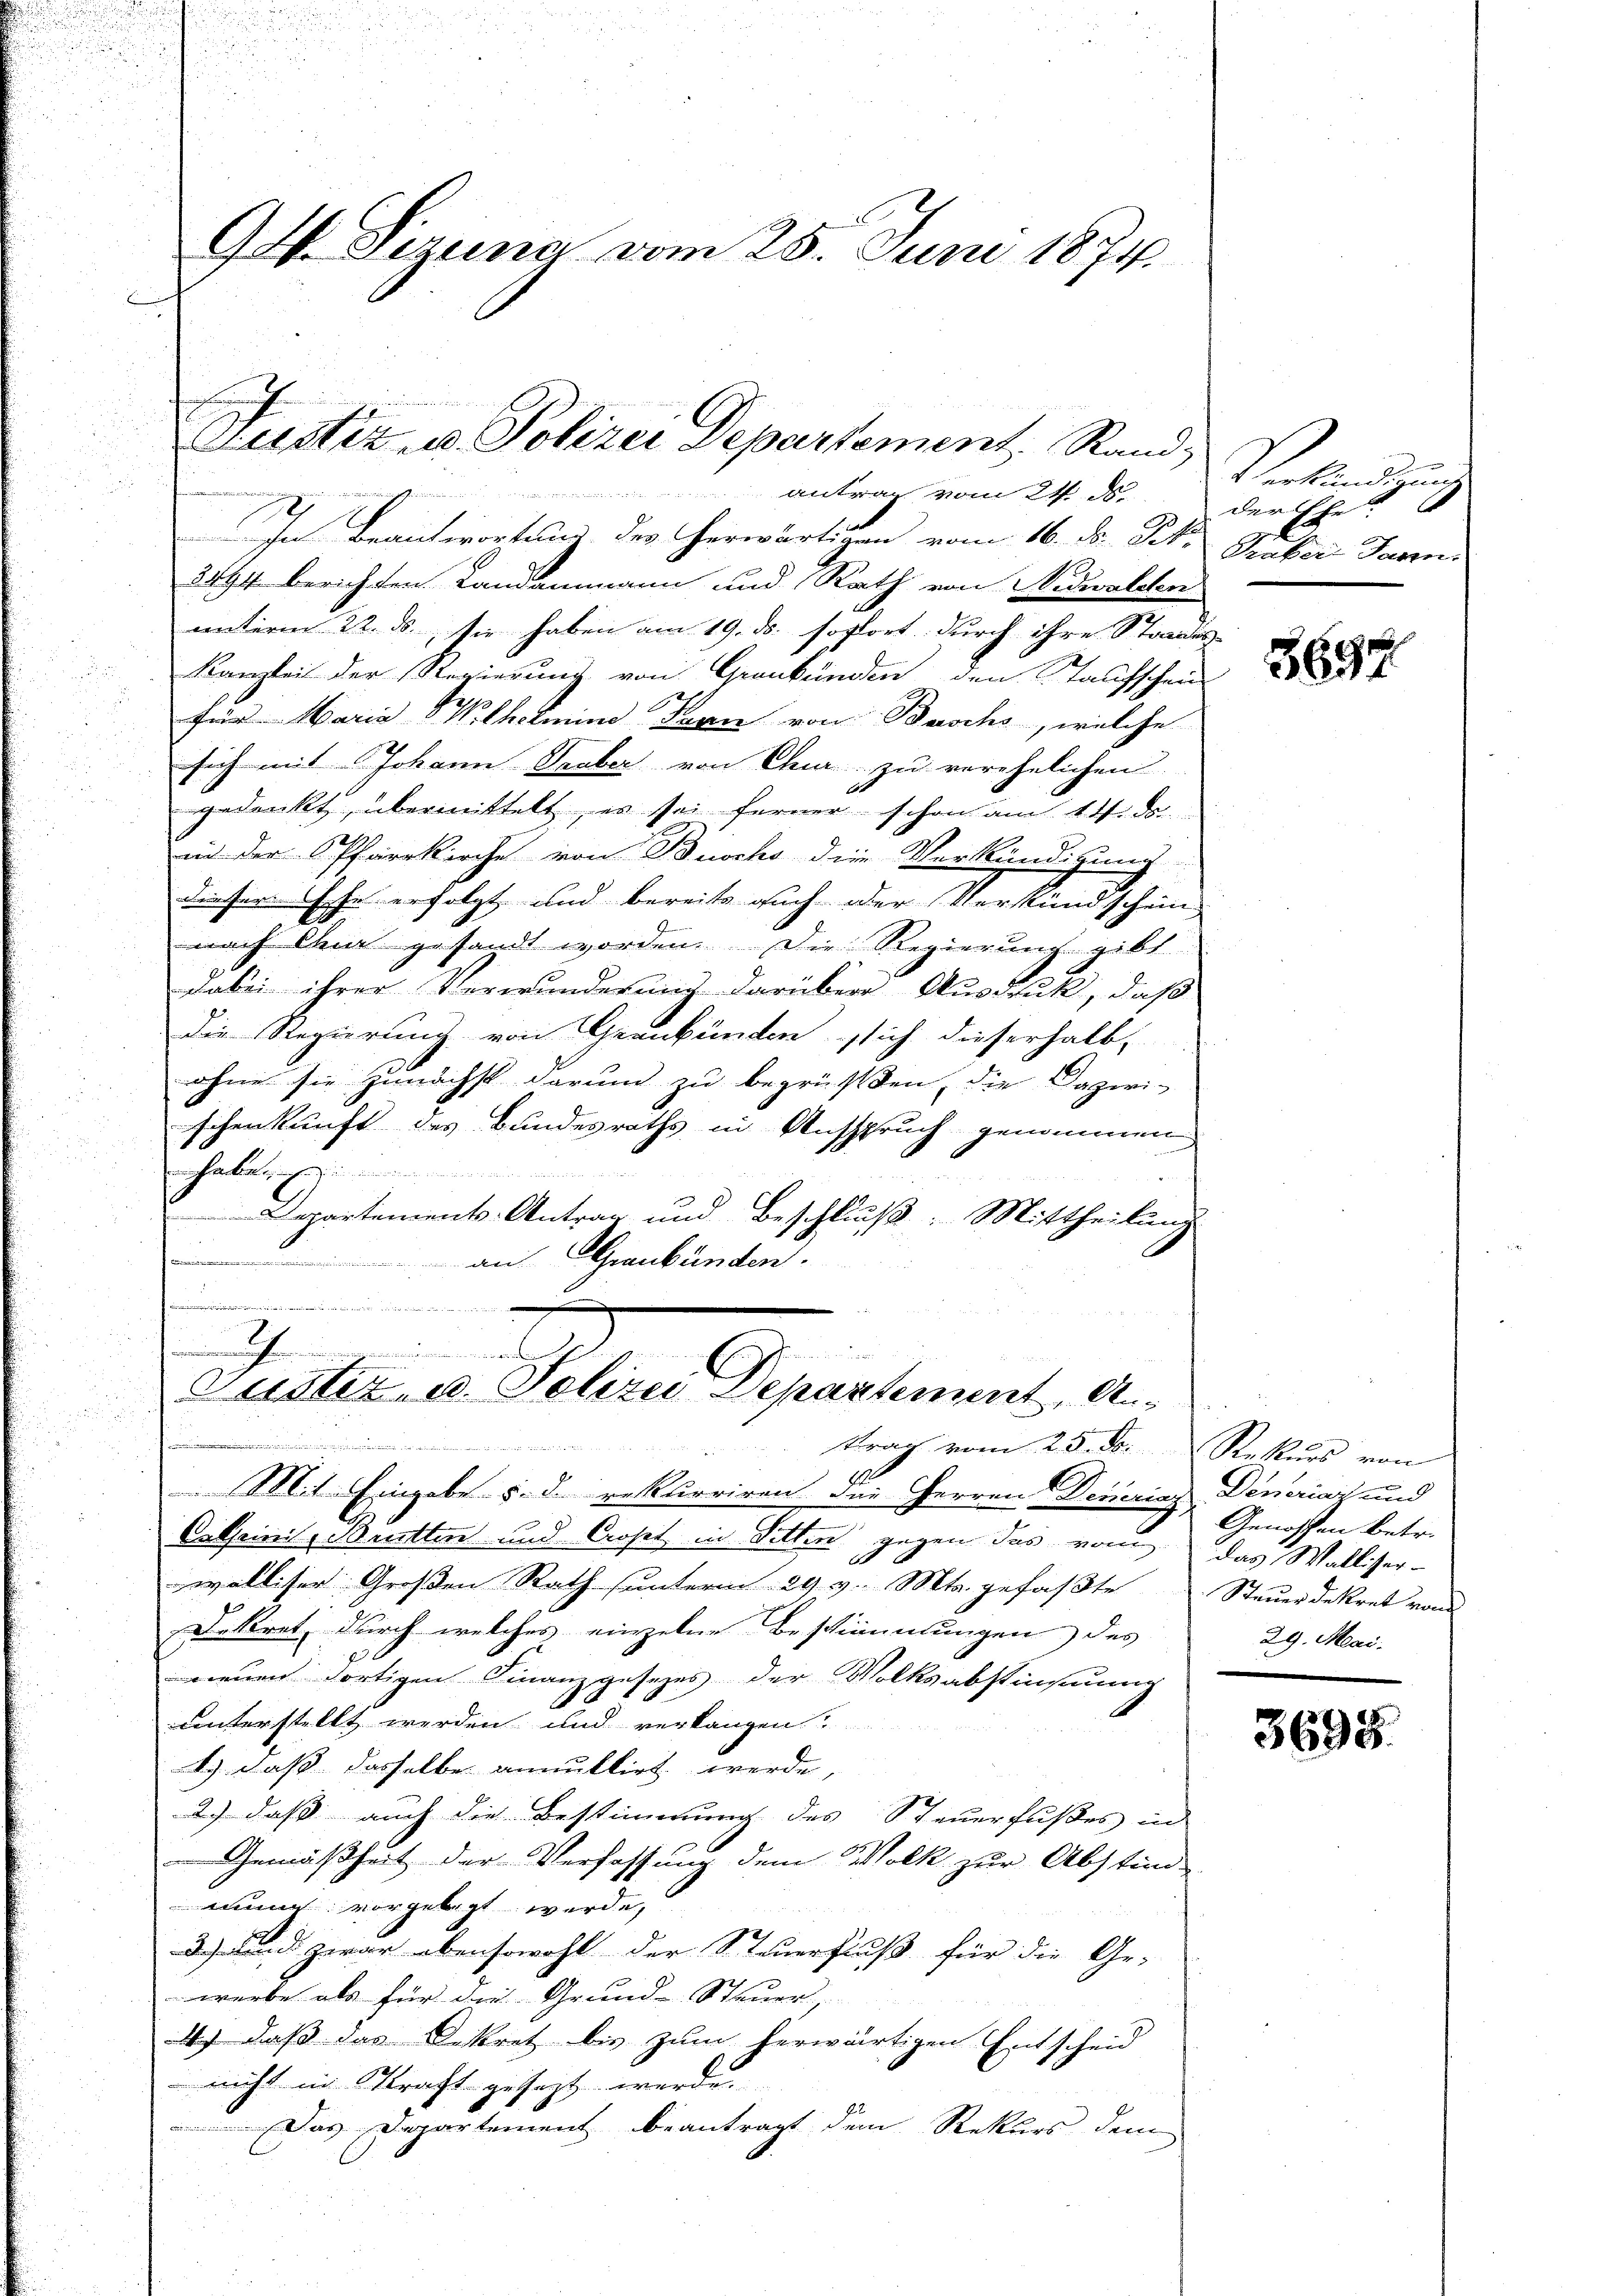
94. Sizung vom 25. Juni 1874

Fuster u. Polizei Departement, Rand,

nur nicht eine die ein an
antrag vom 24. ds.

In Beantwortung des herwärtigen vom 16. ds. Frk. Sieber dann
3494 berichten Landammann und Rath von Nidwalden
unterm 22. ds., sie haben am 19. ds. sofort durch ihre Standes-
Kanzlei der Regierung von Graubünden den Taufschein
für Maria Wilhelmine Turn von Busch, welche
.
sich mit Johann Seeber von Chur zu verehelichen
gedenckt, übermittelt, es sei ferner schon am 14. de
in der Pfarrkirche von Busch die Verkündigung
dieser Ehe erfolgt und bereits auch oder Verkündschein
nach Anna gesandt worden. Die Regierung gibt
dabei ihrer Verwunderung darüber Ausdruck, daß
Die Regierung von Graubünden sich dieserhalb,
ohne sie zunächst darum zu begrüßten, die Daziri-
schenkunft des Bundesraths in Anspruch genommen
nhabe
Departements-Antrag und Beschluß: Mittheilung
Kund
an Graubünden.
.
mlichen
 5
Justiz- u. Polizei Departement, An¬
.
trag vom 25. ds. Rekurs von
 Mt Eingabe v. d. rekurriren die Herren Decerins Deneraz und
Catseinis, Brütten und Copet in Sitten gegen das vom das Walliser-
walliser Großen Rath unterm 29. v. Mts. gefaßte Steuerdekret von
Dekret, durch welches einzelne Bestimmungen des
renen dortigen Finanzgesezes der Volksabstimmung
1
unterstellt werden und verlangen?
1) daß dasselbe annullirt werde,
2.) daß auch die Bestimmung des Steuerfußes un
Gemäßheit der Verfassung dem Volk zur Abstim-
mung vorgelegt werde,
3) und zwar ebensowohl der Steuerfluß für die Ge-
werbe als für die Grund- Steuer,
4.) daß das Dekret bis zum herwärtigen Entscheid
nicht in Straft gesezt werde.
Das Departement beantragt dem Rekurs dem

Verkündigung
der Ehe

3694

Genossen betr.
29. Mai.

3698.